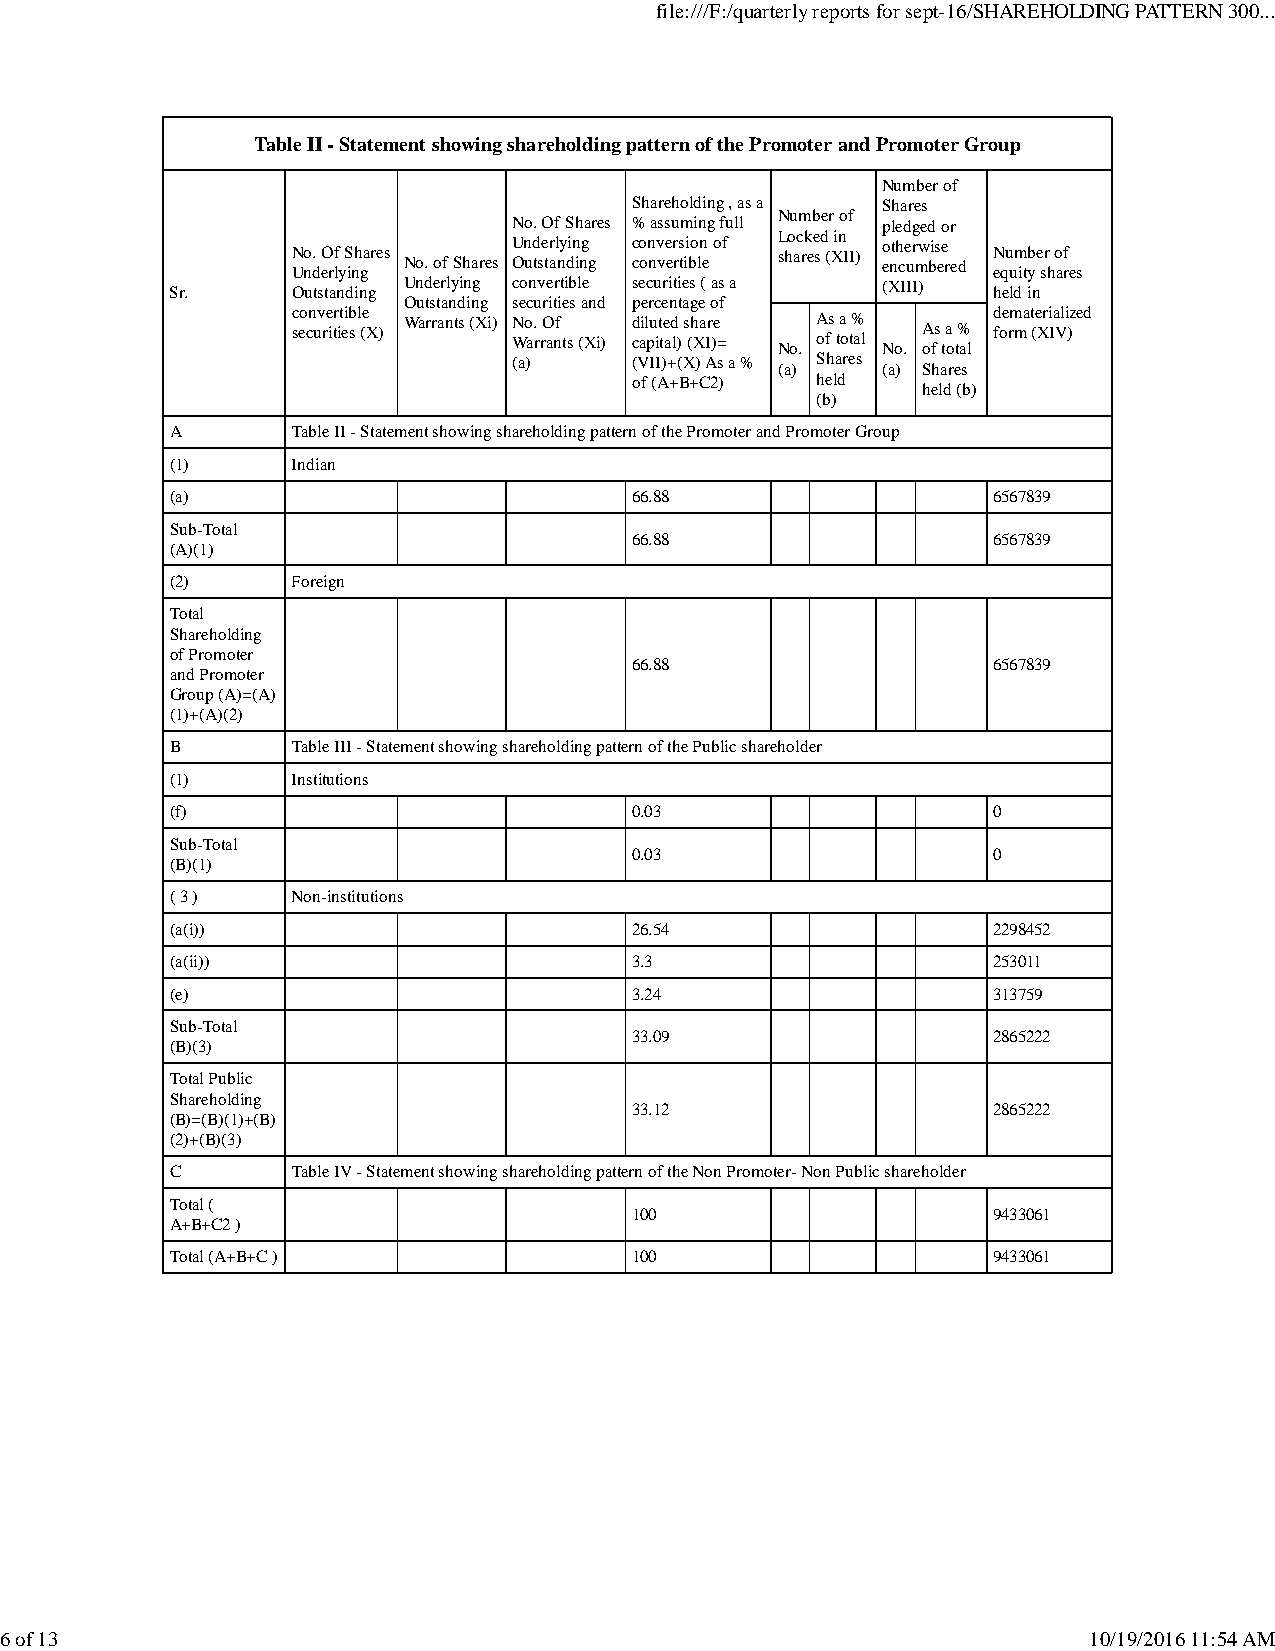
file:///F:/quarterly reports for sept-16/SHAREHOLDING PATTERN 300...
 Table II - Statement showing shareholding pattern of the Promoter and Promoter Group
 Number of
 Shareholding , as a Shares
 No. Of Shares % assuming full Number of pledged or
 N Uno d. eO rlf y S inh gares No. of Shares U On ud tse tr al ny din ing g c co on nv ve er rs tii bo ln e of L sho ac rk ee sd ( Xin II) o enth ce ur mw bis ee red N equ um itb y e sr h o af res
 Sr.     Outstanding Underlying convertible securities ( as a (XIII) held in
 Outstanding securities and percentage of
 c seo cn uv re itr it eib s l (e X) Warrants (Xi) N Wo a. r rO anf ts (Xi) d cail pu it te ad l) s (h Xa Ir )e = No. A ofs ta o t% al No. A ofs ta o t% al d foe rm ma t (e Xri Ia Vli )zed
 (a)     (VII)+(X) As a % (a) Shares (a) Shares
 of (A+B+C2) held   held (b)
 (b)
 A       Table II - Statement showing shareholding pattern of the Promoter and Promoter Group
 (1)     Indian
 (a)                            66.88                   6567839
 Sub-Total
 66.88                   6567839
 (A)(1)
 (2)     Foreign
 Total
 Shareholding
 of Promoter
 66.88                   6567839
 and Promoter
 Group (A)=(A)
 (1)+(A)(2)
 B       Table III - Statement showing shareholding pattern of the Public shareholder
 (1)     Institutions
 (f)                            0.03                    0
 Sub-Total
 0.03                    0
 (B)(1)
 ( 3 )   Non-institutions
 (a(i))                         26.54                   2298452
 (a(ii))                        3.3                     253011
 (e)                            3.24                    313759
 Sub-Total
 33.09                   2865222
 (B)(3)
 Total Public
 Shareholding
 33.12                   2865222
 (B)=(B)(1)+(B)
 (2)+(B)(3)
 C       Table IV - Statement showing shareholding pattern of the Non Promoter- Non Public shareholder
 Total (
 100                     9433061
 A+B+C2 )
 Total (A+B+C )                 100                     9433061
 6 of 13                                                                 10/19/2016 11:54 AM